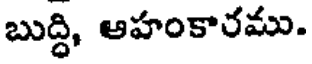
బుద్ధి, ఆహంకారము.